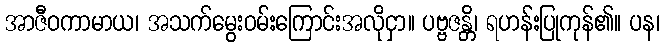
အာဇီဝကာမာယ၊ အသက်မွေးဝမ်းကြောင်းအလိုငှာ။ ပဗ္ဗဇန္တိ၊ ရဟန်းပြုကုန်၏။ ပန၊